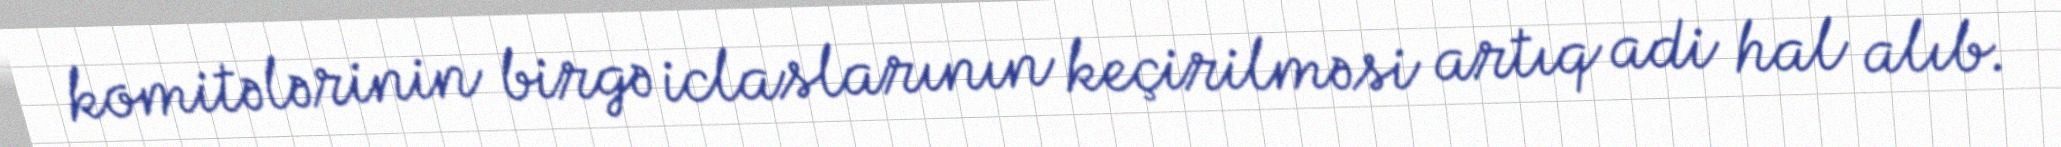
komitələrinin birgə iclaslarının keçirilməsi artıq adi hal alıb.